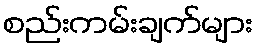
စည်းကမ်းချက်များ